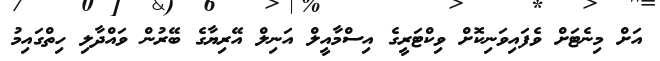
އަށް މިނެޓަށް ވެފައިވަނިކޮށް ވިކްޓަރީގެ އިސްމާއީލް އަނިލް އޭރިޔާގެ ބޭރުން ވައްދާލި ހިތްގައިމު